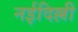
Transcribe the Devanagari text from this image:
नईदिल्ली